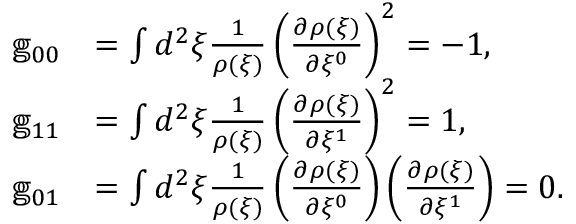
\begin{array} { r l } { \mathbb { g } _ { 0 0 } } & { = \int d ^ { 2 } \xi \frac { 1 } { \rho ( \xi ) } \left( \frac { \partial \rho ( \xi ) } { \partial \xi ^ { 0 } } \right) ^ { 2 } = - 1 , } \\ { \mathbb { g } _ { 1 1 } } & { = \int d ^ { 2 } \xi \frac { 1 } { \rho ( \xi ) } \left( \frac { \partial \rho ( \xi ) } { \partial \xi ^ { 1 } } \right) ^ { 2 } = 1 , } \\ { \mathbb { g } _ { 0 1 } } & { = \int d ^ { 2 } \xi \frac { 1 } { \rho ( \xi ) } \left( \frac { \partial \rho ( \xi ) } { \partial \xi ^ { 0 } } \right) \left( \frac { \partial \rho ( \xi ) } { \partial \xi ^ { 1 } } \right) = 0 . } \end{array}